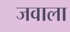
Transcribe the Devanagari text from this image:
जवाला